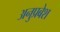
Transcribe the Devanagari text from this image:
अनुप्रबेश